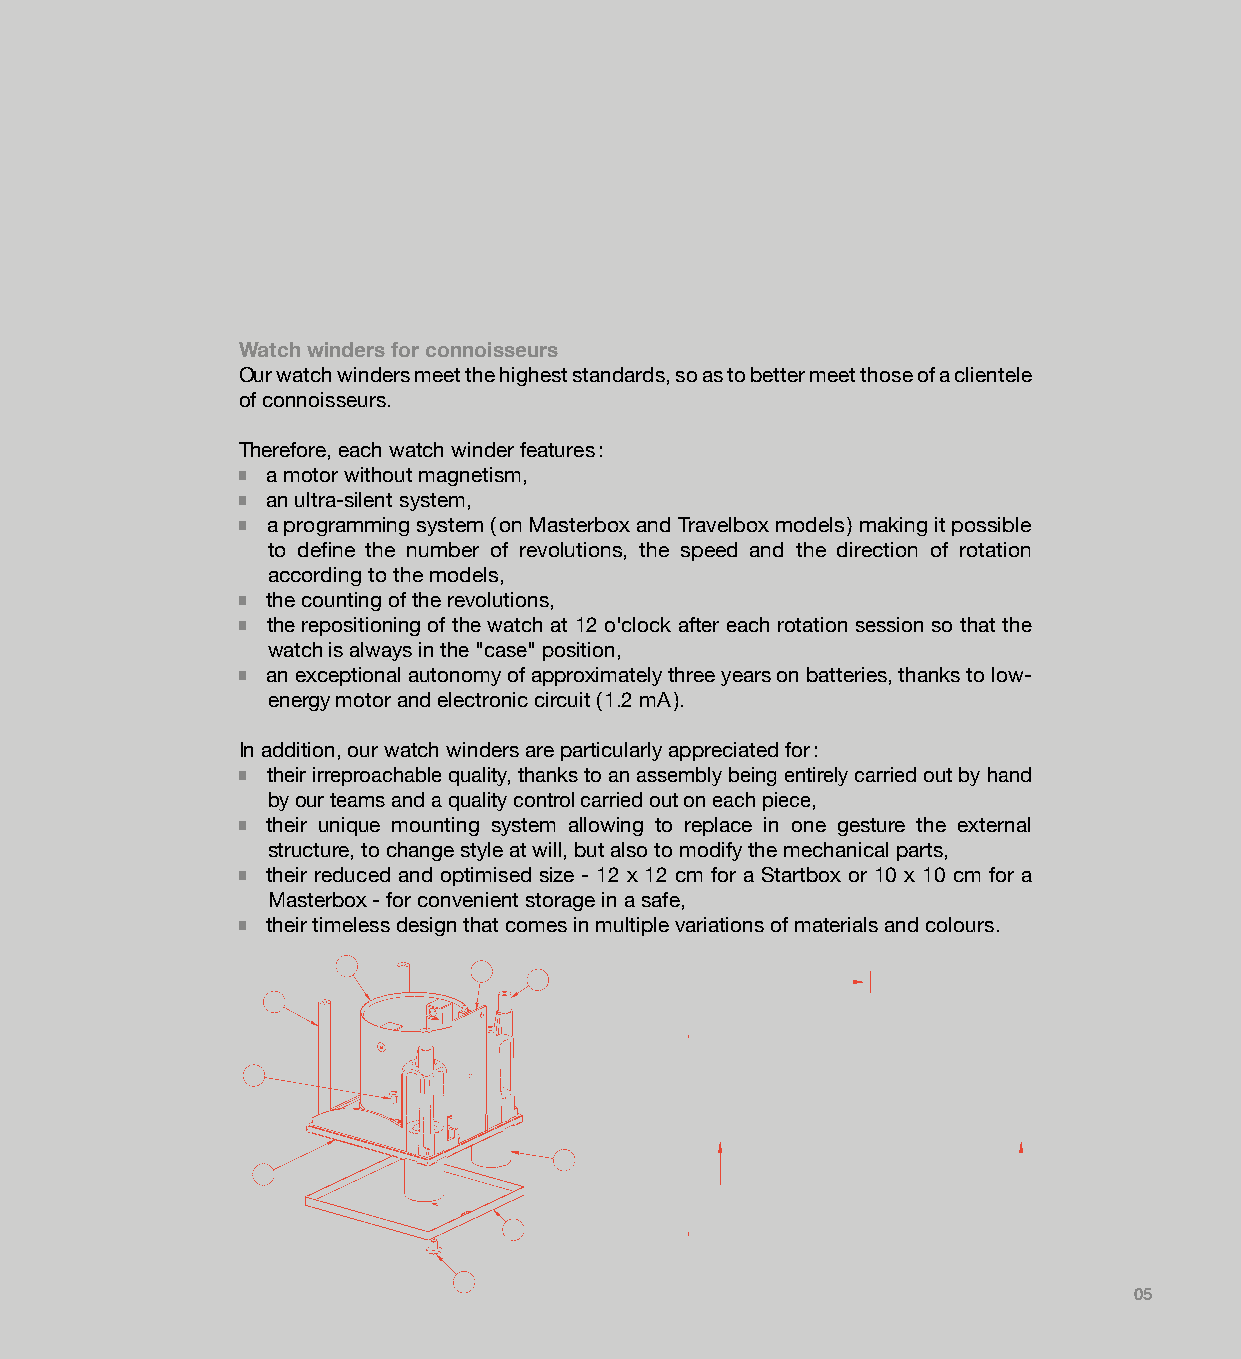
Watch winders for connoisseurs
 Our watch winders meet the highest standards, so as to better meet those of a clientele
 of connoisseurs.
 Therefore, each watch winder features :
 a motor without magnetism,
 █
 an ultra-silent system,
 █
 a programming system ( on Masterbox and Travelbox models ) making it possible
 █
 to define the number of revolutions, the speed and the direction of rotation
 according to the models,
 the counting of the revolutions,
 █
 the repositioning of the watch at 12 o'clock after each rotation session so that the
 █
 watch is always in the "case" position,
 an exceptional autonomy of approximately three years on batteries, thanks to low-
 █
 energy motor and electronic circuit ( 1.2 mA ).
 In addition, our watch winders are particularly appreciated for :
 their irreproachable quality, thanks to an assembly being entirely carried out by hand
 █
 by our teams and a quality control carried out on each piece,
 their unique mounting system allowing to replace in one gesture the external
 █
 structure, to change style at will, but also to modify the mechanical parts,
 their reduced and optimised size - 12 x 12 cm for a Startbox or 10 x 10 cm for a
 █
 Masterbox - for convenient storage in a safe,
 their timeless design that comes in multiple variations of materials and colours.
 █
 05